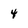
Character: 4